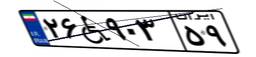
۲۶W۹۰۳۵۹